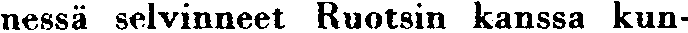
nessä selvinneet Ruotsin kanssa kun-